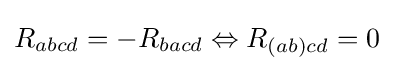
R_{abcd}=-R_{bacd}\Leftrightarrow R_{(ab)cd}=0